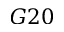
G 2 0